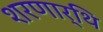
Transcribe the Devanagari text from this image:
शरणार्थि